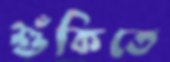
শুঁকিতে